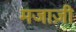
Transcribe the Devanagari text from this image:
मजाज़ी